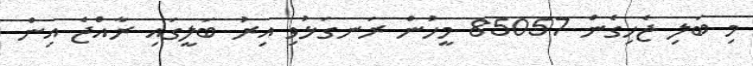
މި ބަލި ޖެހިގެން 85057 މީހުން ރަނގަޅުވި އިރު ބަލީގައި ރާއްޖެ އިން